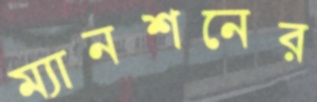
ম্যানশনের